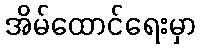
အိမ်ထောင်ရေးမှာ